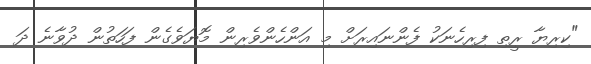
"ކިރިޔާ ރީތި ފިރިހެނަކު ފެންނައިރަށް މި އަންހެންވެރިން މޮޔަވެގެން ފަހަތުން ދުވާނެ ދަ